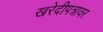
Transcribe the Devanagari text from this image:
खरेदीपत्रावर